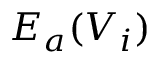
E _ { a } ( V _ { i } )